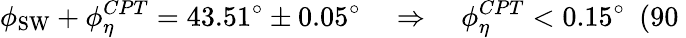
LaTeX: \phi_{\mathrm{SW}}+\phi_{\eta}^{CPT}=43.51^{\circ}\pm 0.05^{\circ}~~~~\Rightarrow~~~~\phi_{\eta}^{CPT}<0.15^{\circ}~~(90\